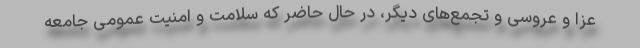
عزا و عروسی و تجمع‌های دیگر، در حال حاضر که سلامت و امنیت عمومی جامعه